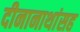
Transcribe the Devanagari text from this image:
दीनानाथांसह